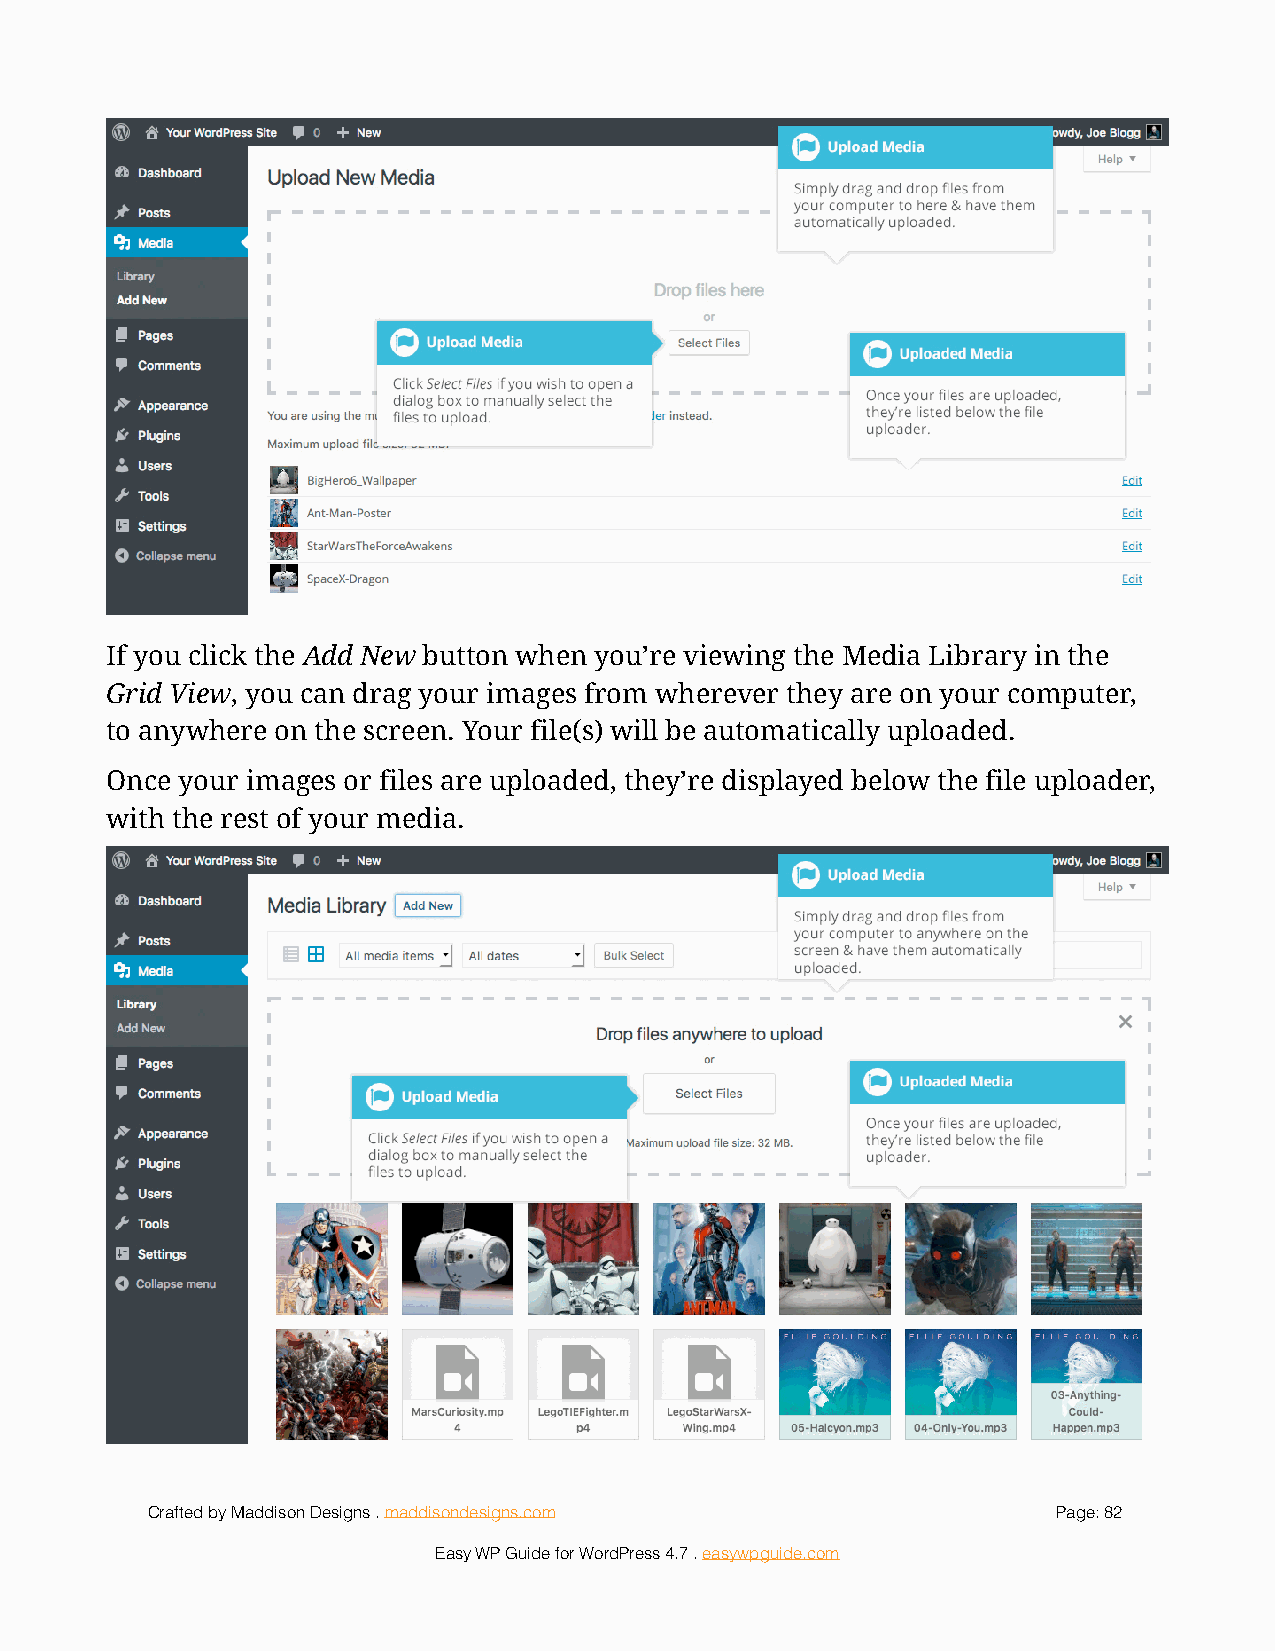
!
 If you click the Add New button when you’re viewing the Media Library in the
 Grid View, you can drag your images from wherever they are on your computer,
 to anywhere on the screen. Your file(s) will be automatically uploaded.
 Once your images or files are uploaded, they’re displayed below the file uploader,
 with the rest of your media.
 !
 Crafted by Maddison Designs . maddisondesigns.com           Page: 8 2
 Easy WP Guide for WordPress 4.7 . easywpguide.com